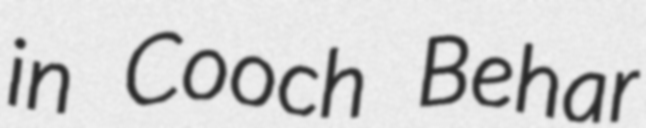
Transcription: in Cooch Behar